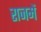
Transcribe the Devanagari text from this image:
राजमें